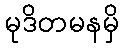
မုဒိတမနမှိ